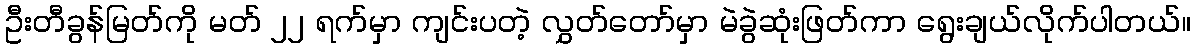
ဦးတီခွန်မြတ်ကို မတ် ၂၂ ရက်မှာ ကျင်းပတဲ့ လွှတ်တော်မှာ မဲခွဲဆုံးဖြတ်ကာ ရွေးချယ်လိုက်ပါတယ်။